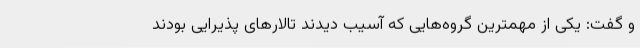
و گفت: یکی از مهمترین گروه‌هایی که آسیب دیدند تالارهای پذیرایی بودند